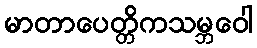
မာတာပေတ္တိကသမ္ဘဝေါ